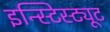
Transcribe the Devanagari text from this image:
इन्स्टिस्ट्यूट